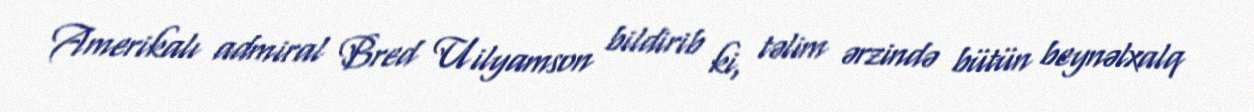
Amerikalı admiral Bred Uilyamson bildirib ki, təlim ərzində bütün beynəlxalq